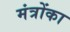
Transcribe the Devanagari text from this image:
मंत्रोंका